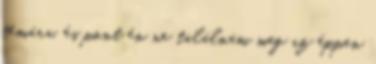
témára, és pont én ne találnám meg az éppen